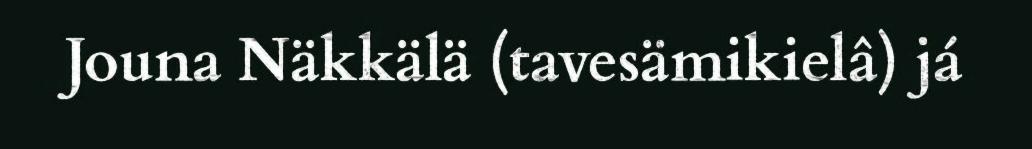
Jouna Näkkälä (tavesämikielâ) já